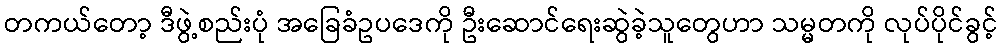
တကယ်တော့ ဒီဖွဲ့စည်းပုံ အခြေခံဥပဒေကို ဦးဆောင်ရေးဆွဲခဲ့သူတွေဟာ သမ္မတကို လုပ်ပိုင်ခွင့်